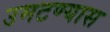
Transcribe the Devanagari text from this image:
उमटण्यास